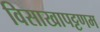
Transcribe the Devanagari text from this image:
विसाखापट्टणम